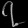
Digit: ၇